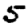
Digit: 5